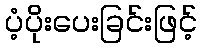
ပံ့ပိုးပေးခြင်းဖြင့်